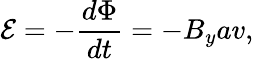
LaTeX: \mathcal E=-\frac{d\Phi}{dt}=-B_{y}av,